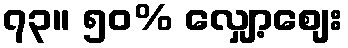
၇၃။ ၅၀% လျှော့စျေး